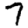
Digit: 7